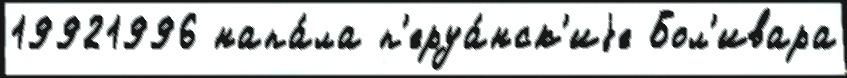
19921996 напа́ла п'еруа́нск'иjе Бол'ивара